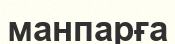
манпарға